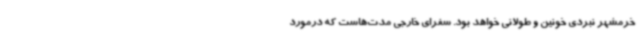
خرمشهر نبردی خونین و طولانی خواهد بود. سفرای خارجی مدت‌هاست که درمورد